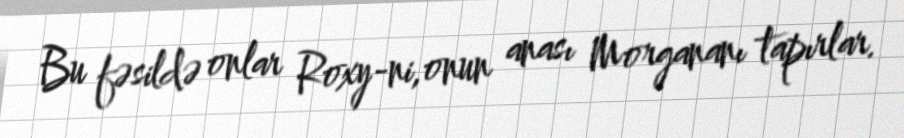
Bu fəsildə onlar Roxy-ni,onun anası Morgananı tapırlar.